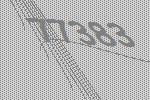
77383